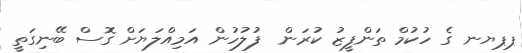
ޕޕޔނ ގެ ހުކުމް ތަންފީޒު ކުރަން  ފުލުހުން އަމިއްލަޔަށް ގޮސް ބޭނިގަތީ